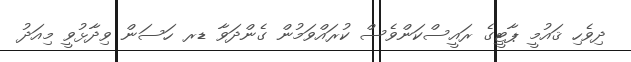
ދިވެހި ޤައުމީ ޕާޓީގެ ރައީސްކަންވެސް ކުރައްވަމުން ގެންދަވާ ޑރ ހަސަން ވިދާޅުވީ މިއަދު